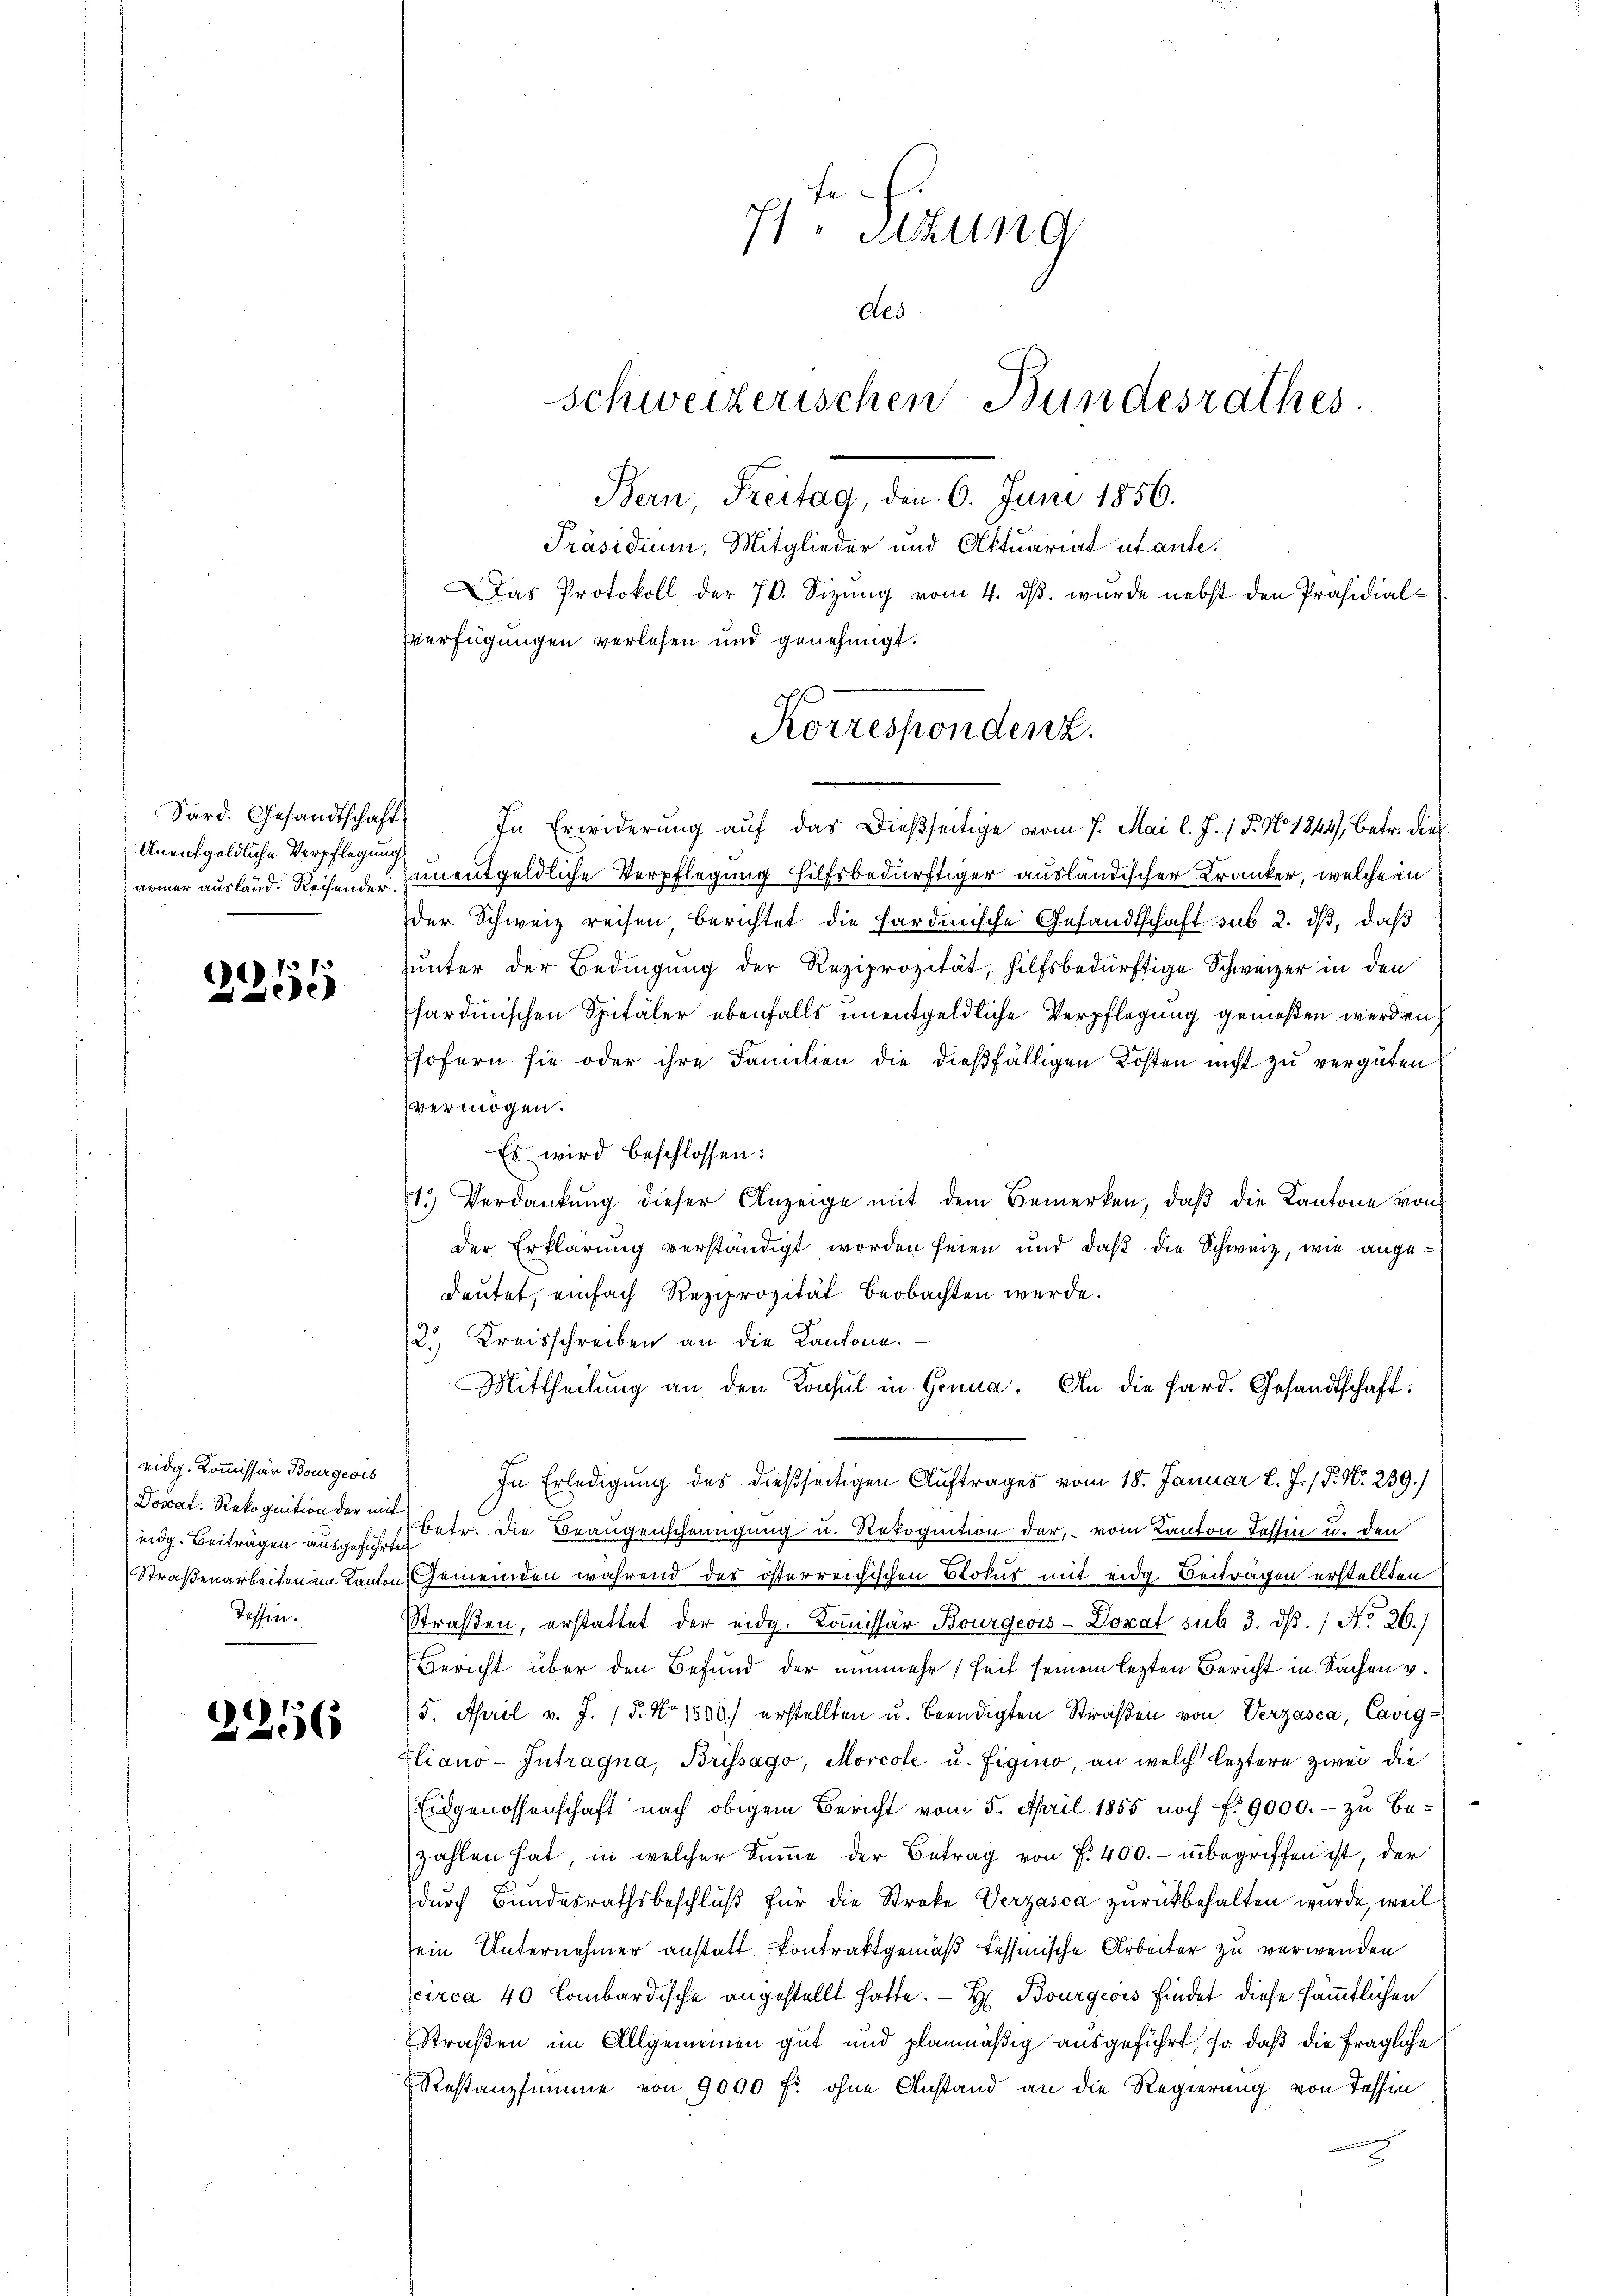
Sard. Gesandtschaft
Unentgeldliche Verpflegung

37.
)
diese

eidg. Kommissär Bourgeois
eidg. Beiträgen ausgeführten
Tessin.

256

In Erwiderung auf das dießseitige vom 7. Mai l. J. / 5. No. 1844 betr. die
ärmer ausland. Reihenden unentgeldliche Verpflegung hilfsbedürftiger ausländischer Kranker, welche in
der Schweiz reisen, berichtet die Hardmische Gesandtschaft sub 2. dβ, daß
ŭnter der Bedingŭng der Reziprozität, hilfsbedürftige Schweizer in den
sardinischen Spitäler ebenfalls unentgeldliche Verpflegung gemeßen werden
sofern sie oder ihre Familien die dießfälligen Kosten nicht zu vergüten
vermögen.
Es wird beschlossen:
1. Verdankŭng dieser Anzeige mit dem Bemerken, daβ die Kantone von
der Erklärung verständigt worden seien und daß die Schweiz, wie angedeutet, einfach Reziprozität beobachten werde.
2.) Kreisschreiben an die Kantone.
Mittheilung an den Konsul in Genua. An die Sard. Gesandtschaft,
In Erledigung des dießseitigen Auftrages vom 18. Januar l. J. / P. Nr. 239.)
Doscaf. Rekognition der anbetr. die Beaugenscheinigung u. Rekognition der, vom Kanton Tessin u. den
Straßenarbeiten in Kanton Gemeinden während des österreichischen Stotus mit eidg. Beiträgen erstellten
Straßen, erstattet der eidg. Kommissär Bourgeois-Dorat sub 3. dβ. / No 20.)
Bericht über den Befund der nunmehr (seit seinem lezten Bericht in Sachen v.
5. April v. J. 15. No. 1500. erstellten u. beendigten Straßen von Verzasca, Carig¬
Fliano-Intragna, Brissago, Morcote u. Eigino, an welch leztere zwei die
Eidgenossenschaft nach obigem Bericht vom 5. April 1855 noch f. 9000.- zu bezahlen hat, in welcher Summe der Betrag von f. 400.- inbegriffen ist, der
durch Bundesrathsbeschluß für die Streke Verzasca zurückbehalten wurde, weil
sein Unternehmer anstatt Contraktgemäß tessinische Arbeiter zu verwenden
circa 40 lombardische angestellt hatte. — H. Bourgeois findet diese sämmtlichen
Straßen im Allgemeinen gut und planmäßig ausgeführt, so daß die fragliche
Restanzsumme von 9000 fl ohne Anstand an die Regierung von Tessin
.

fe
7/ Sitzung
des
Schweizerischen Bundesrathes.
Bern, Freitag, den 6. Juni 1856.
Präsidium, Mitglieder und Aktuariat utante.
Das Protokoll der 76. Sizung vom 4. ds. wurde nebst den Präsidial¬
Verfügungen verlesen und genehmigt.

Korresponden.